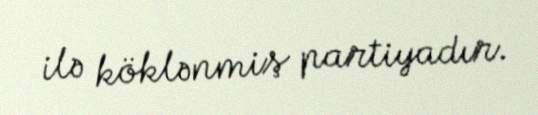
ilə köklənmiş partiyadır.